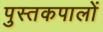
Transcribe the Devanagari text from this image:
पुस्तकपालों